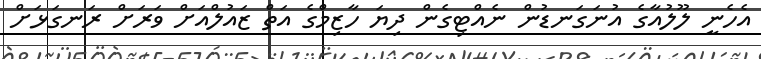
އެހެނީ ލޫލުއާގެ އުނަގަނޑުން ނެއްޓިގެން ދިޔަ ހާޒިމްގެ އަތް ޒައުލްއަށް ވަރަށް ރަނގަޅަށް